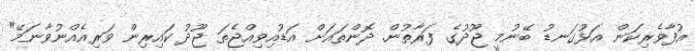
އުފާވެރިކަން އަޅުގަނޑު ބޭނުމީ ޖޫދުގެ ފަރާތުން. ދޮންތައަށް އަޑުއިވިއްޖެތަ ޖޫދު ކައިރިން ވަރިއެއްނުވާނަމޭ"